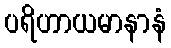
ပရိဟာယမာနာနံ